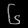
Digit: ၆